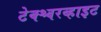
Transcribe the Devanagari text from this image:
टेक्श्चरव्हाइट